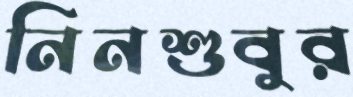
নিনশুবুর